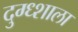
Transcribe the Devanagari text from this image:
दुग्ध्शाला